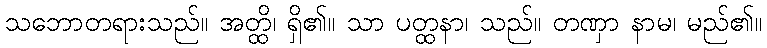
သဘောတရားသည်။ အတ္ထိ၊ ရှိ၏။ သာ ပတ္ထနာ၊ သည်။ တဏှာ နာမ၊ မည်၏။